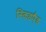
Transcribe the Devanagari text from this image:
स्किडपैड